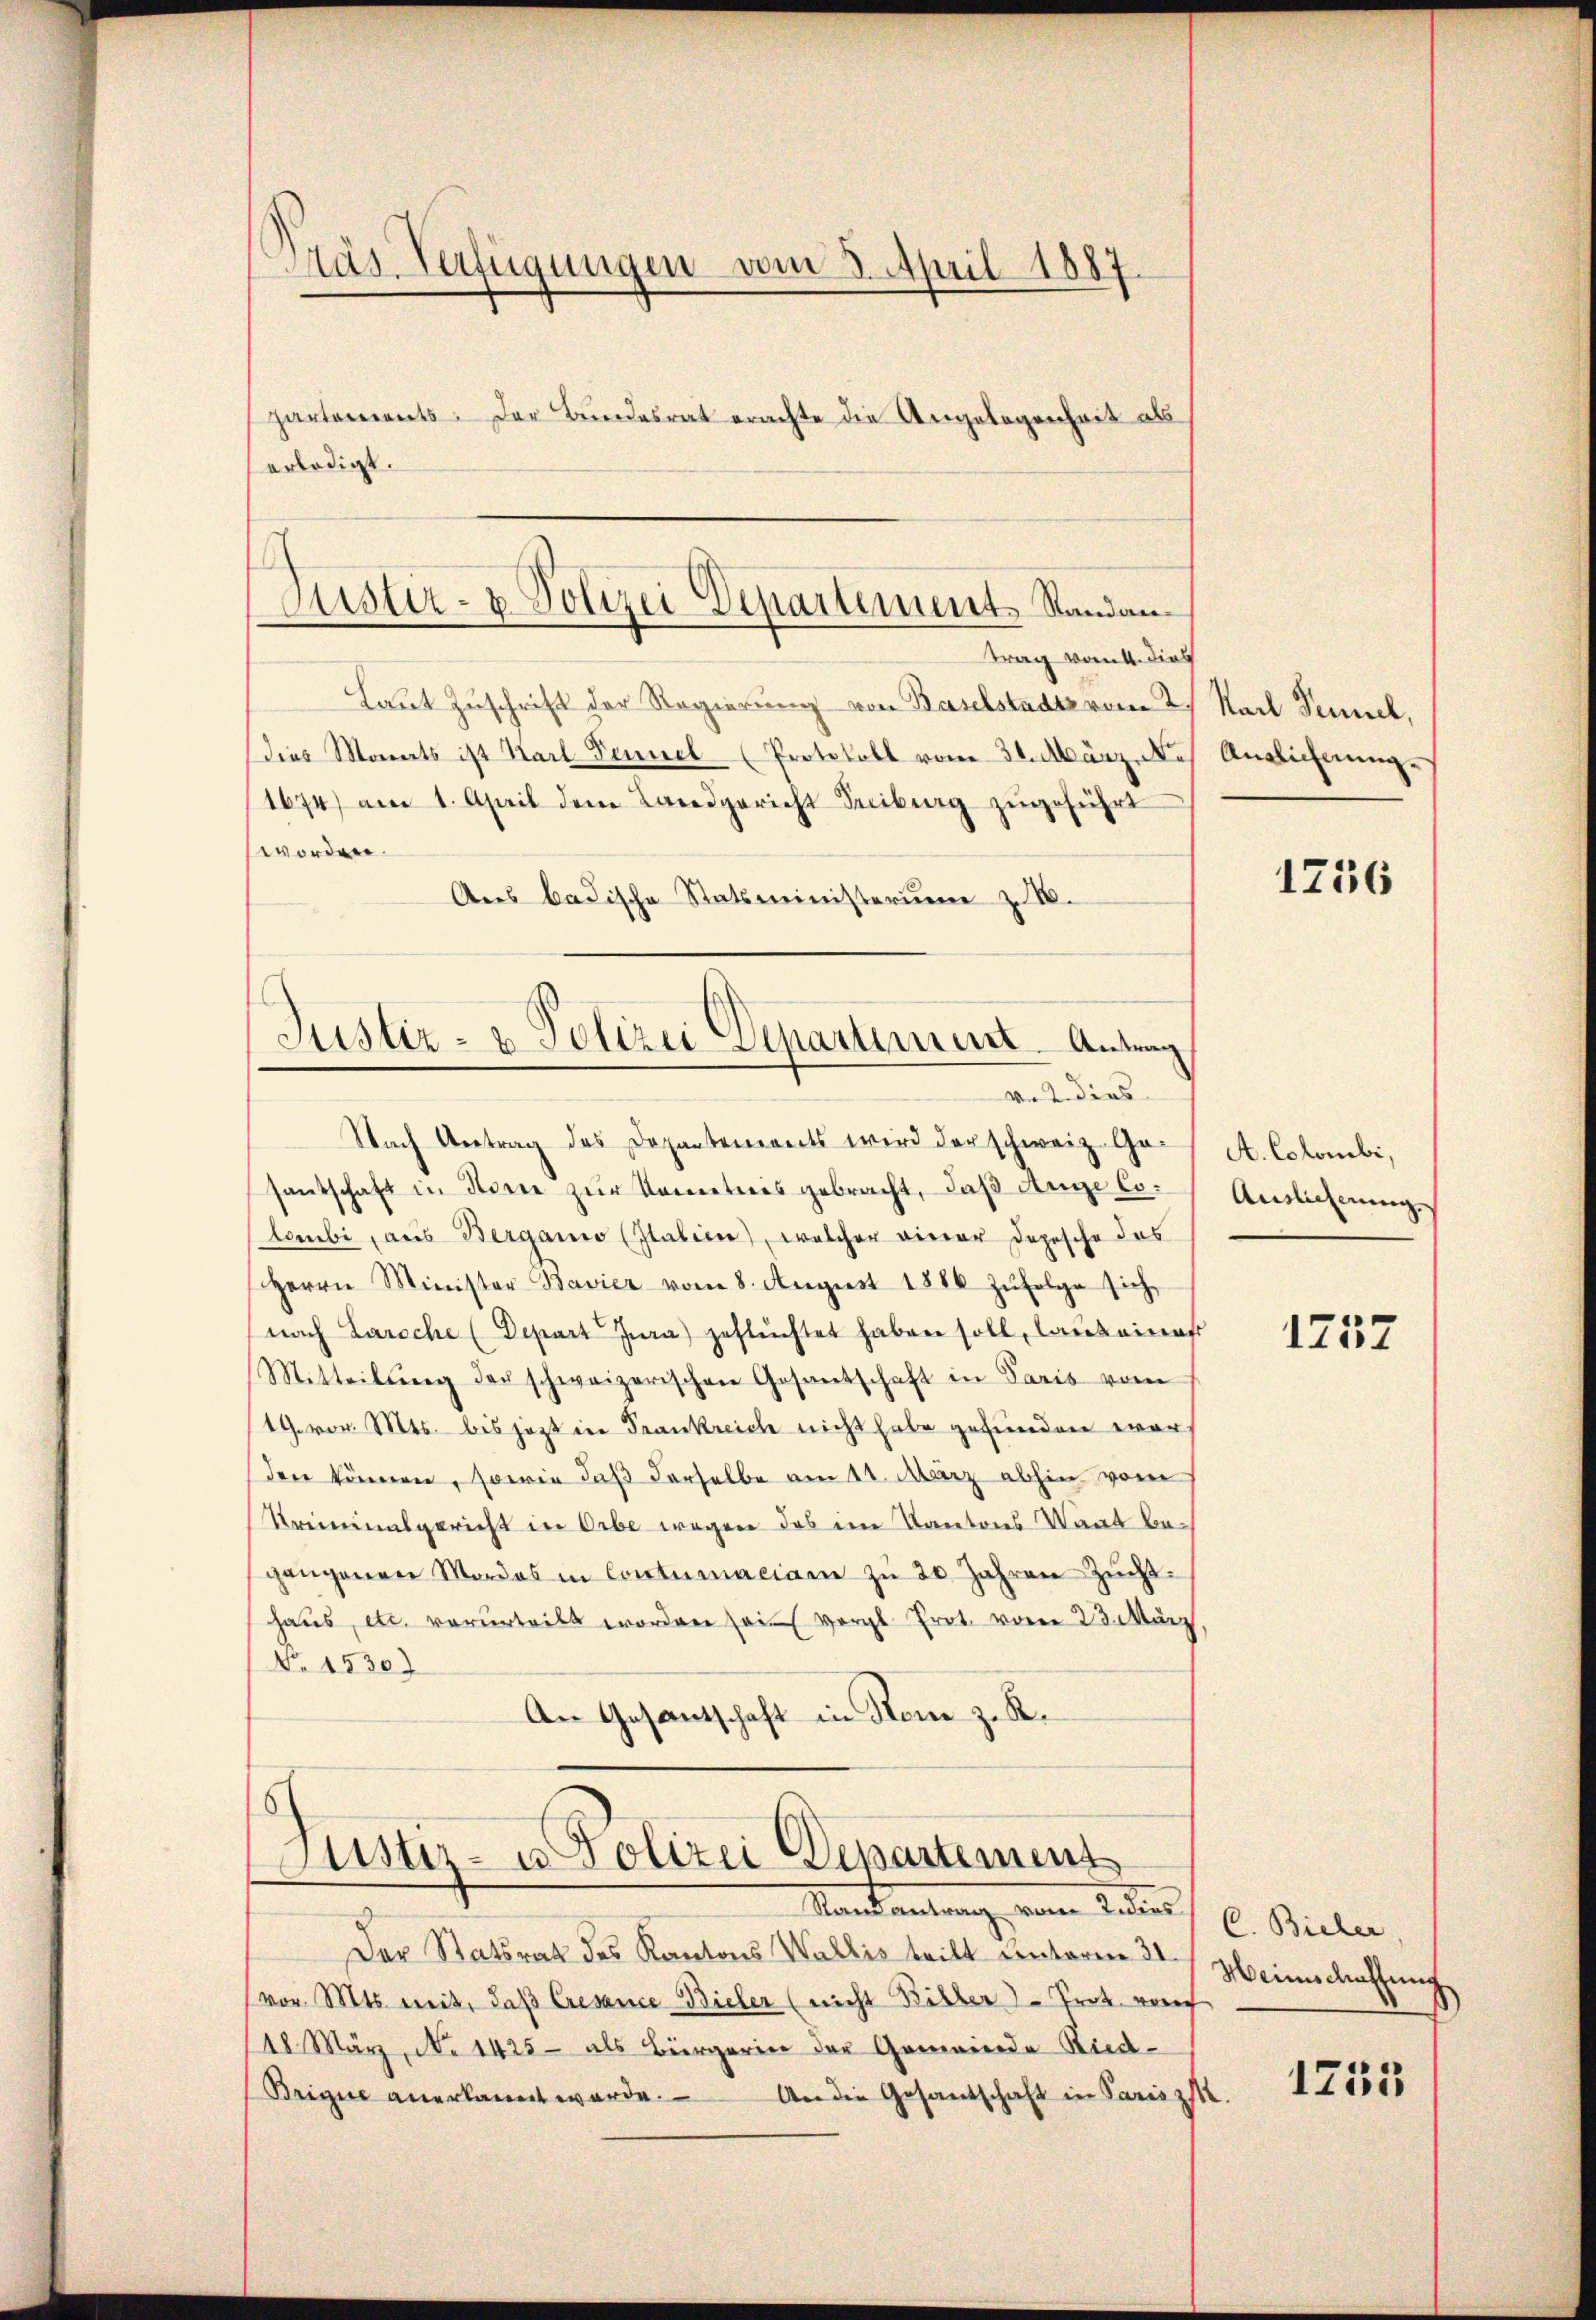
Käs Verfügungen vom 3. April 1887.
partements der Bundesrat erachte die Angelegenheit als
erledigt.

Laut Zuschrift der Regierung von Baselstadt vom 2
Dies Monats ist Karl Fennel (Protokoll vom 31. März. Ne
1674) am 1. April dem Landgericht Freiburg zŭgeführt
worden.
Ans badische Statsministerum zu I.
Nach Antrag des Departements wird der schweiz. Gesantschaft in Stone zur Kometnis gebracht, daß Auge lolombi, aus Berganio (Italien), welcher einer Depesche das
Herrn Minister Bavier vom 8. August 1886 zŭfolge sich
nach Laroche (Depart Jura) geflüchtet haben soll, lauteines
Mitteilŭng der schweizerischen Gesantschaft in Paris vom
19. vor. Mts. bis jezt in Frankreiche nicht habe gefunden war
den können, sowie daß derselbe am 11. März abhin vom
Kriminalgericht in Orbe wegen das im Kantons Staat begangenen Mordes in Contumaciam zŭ 20 Jahren Zŭcht.
haus, etc. verurteilt worden sein vergl. Prot. vom 23. März
No 15307
An Gesantschaft in Rom z. K.

e
Justiz- & Polizei Departement. Standantrag vom 4. dies

Justiz- u. Polizei Departiment. Antrag
ver dies

Stister- u. Polizei Departement
Stand antrag, von Laters, u. Bieler

Karl Sennel,
Auslieferung.

Der Statsrat des Kantons Wallis teilt unterm 31.
(vor. Mts. mit, daß Cresence Bieler (nicht Bitter Prot. vor
18 März, No 1425 als Bürgerin der Gemeinde Ried¬
Brigue anerkannt werde. An die Gesandschaft in Paris z.

1256

A. Colombi,
Auslichnung

1757

Meinschaffung

1755